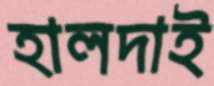
হালদাই